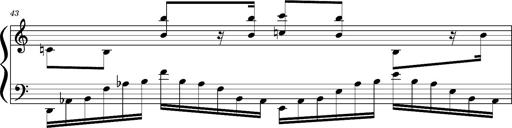
Title: Concerto sans orchestre, S.524a
Composer: Franz Liszt
Key: A major